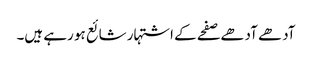
آدھے آدھے صفحے کے اشتہار شائع ہو رہے ہیں۔